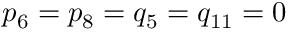
p _ { 6 } = p _ { 8 } = q _ { 5 } = q _ { 1 1 } = 0